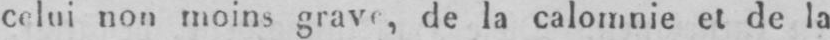
de la calomnie et de la